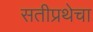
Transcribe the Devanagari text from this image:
सतीप्रथेचा